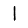
Digit: 1